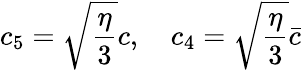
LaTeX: c_{5}=\sqrt{\frac{\eta}{3}}c,\ \ \ \ c_{4}=\sqrt{\frac{\eta}{3}}\bar{c}